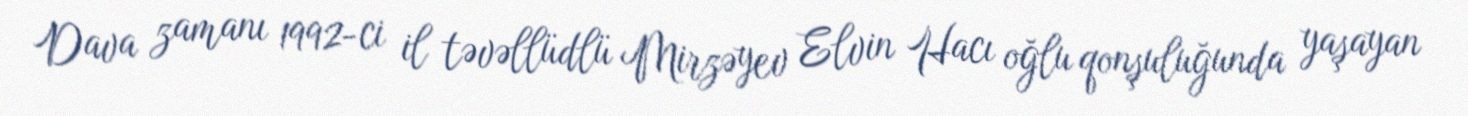
Dava zamanı 1992-ci il təvəllüdlü Mirzəyev Elvin Hacı oğlu qonşuluğunda yaşayan